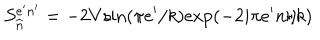
S _ { \widehat { n } } ^ { e ^ { \prime } n ^ { \prime } } = - 2 V \mathrm { s i n } ( \pi e ^ { \prime } / k ) \mathrm { e x p } ( - 2 i \pi e ^ { \prime } n / k )